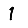
Digit: 1